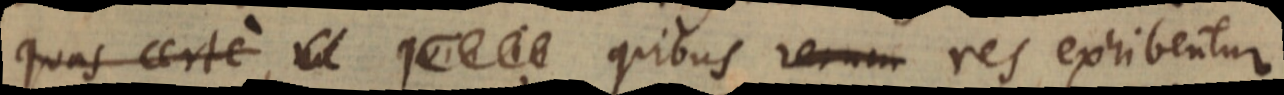
quas certe, _ _ quibus _ res exhibentur